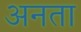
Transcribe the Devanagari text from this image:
अनता